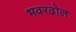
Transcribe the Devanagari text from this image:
भवरढोल